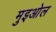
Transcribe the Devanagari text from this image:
मुइओल